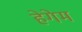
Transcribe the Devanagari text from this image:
हेगेम